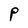
Character: P